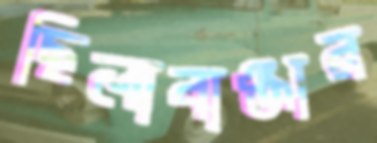
ছিলাবাঞ্জার